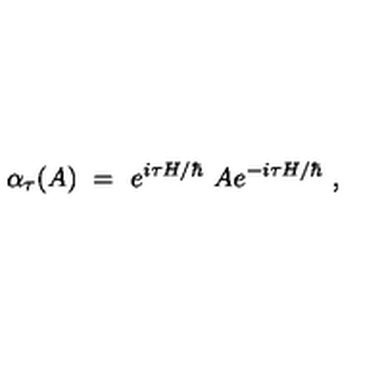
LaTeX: \alpha _ { \tau } ( A ) \ = \ e ^ { i \tau H / \hbar } \ A e ^ { - i \tau H / \hbar } \ ,